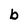
Character: b